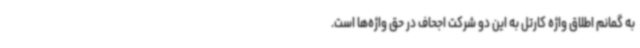
به گمانم اطلاق واژه کارتل به این دو شرکت اجحاف در حق واژه‌ها است.